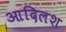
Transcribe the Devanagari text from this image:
आदिलश